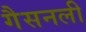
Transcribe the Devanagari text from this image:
गैसनली